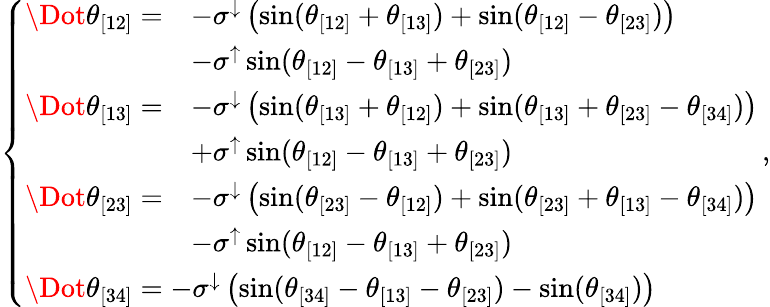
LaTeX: \left\{ \begin{array}{ll}{\begin{array}{rl}{\Dot{\theta}_{[12]}=}&{-\sigma^{\downarrow}\left(\sin(\theta_{[12]}+\theta_{[13]})+\sin(\theta_{[12]}-\theta_{[23]})\right)}\\ &{-\sigma^{\uparrow}\sin(\theta_{[12]}-\theta_{[13]}+\theta_{[23]})}\end{array}}\\ {\begin{array}{rl}{\Dot{\theta}_{[13]}=}&{-\sigma^{\downarrow}\left(\sin(\theta_{[13]}+\theta_{[12]})+\sin(\theta_{[13]}+\theta_{[23]}-\theta_{[34]})\right)}\\ &{+\sigma^{\uparrow}\sin(\theta_{[12]}-\theta_{[13]}+\theta_{[23]})}\end{array}}\\ {\begin{array}{rl}{\Dot{\theta}_{[23]}=}&{-\sigma^{\downarrow}\left(\sin(\theta_{[23]}-\theta_{[12]})+\sin(\theta_{[23]}+\theta_{[13]}-\theta_{[34]})\right)}\\ &{-\sigma^{\uparrow}\sin(\theta_{[12]}-\theta_{[13]}+\theta_{[23]})}\end{array}}\\ {\begin{array}{r}{\Dot{\theta}_{[34]}=-\sigma^{\downarrow}\left(\sin(\theta_{[34]}-\theta_{[13]}-\theta_{[23]})-\sin(\theta_{[34]})\right)}\end{array}}\end{array}\right.\, ,